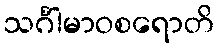
သင်္ဂါမာဝစရောတိ